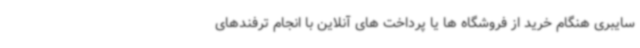
سایبری هنگام خرید از فروشگاه ها یا پرداخت های آنلاین با انجام ترفندهای